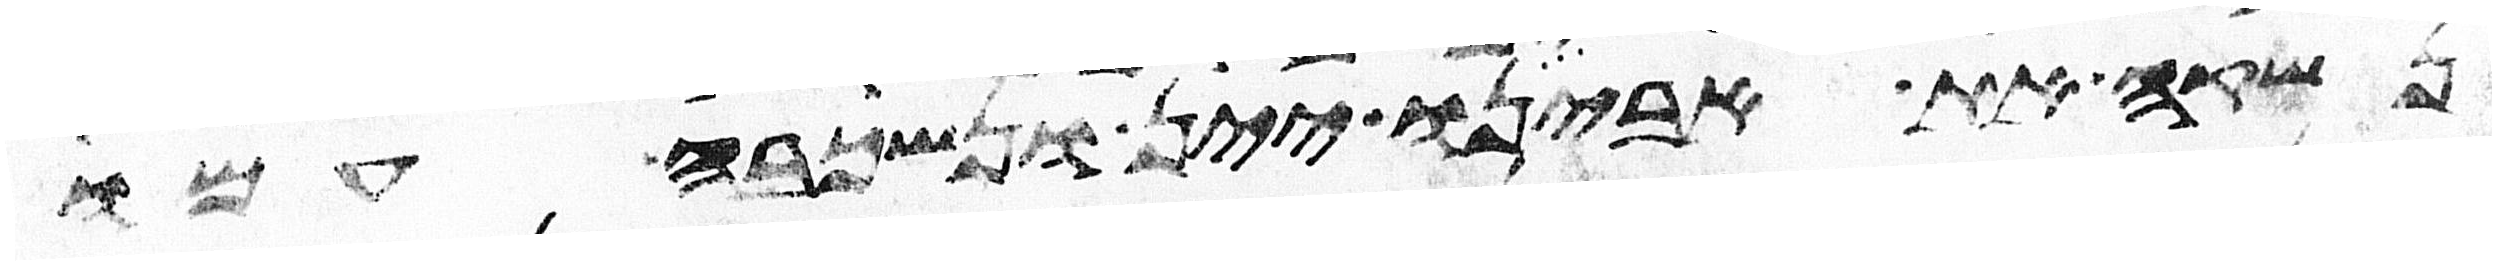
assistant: נשקה את אבינו יין ונשכבה עמו